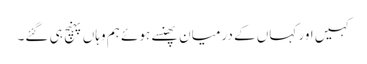
کہیں اور کہاں کے درمیان پھنسے ہوئے ہم وہاں پہنچ ہی گئے۔